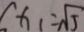
x _ { 1 } = \sqrt { 5 }